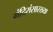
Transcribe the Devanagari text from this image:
मंदिरांसारख्या